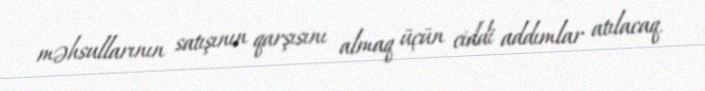
məhsullarının satışının qarşısını almaq üçün ciddi addımlar atılacaq.